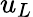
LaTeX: u_{L}